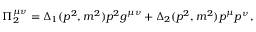
\Pi _ { 2 } ^ { \mu \nu } = \Delta _ { 1 } ( p ^ { 2 } , m ^ { 2 } ) p ^ { 2 } g ^ { \mu \nu } + \Delta _ { 2 } ( p ^ { 2 } , m ^ { 2 } ) p ^ { \mu } p ^ { \nu } \, ,